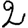
Digit: 2